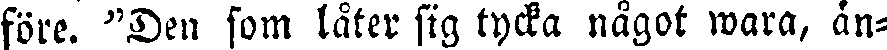
före. "Den som låter sig tycka något wara, än-